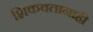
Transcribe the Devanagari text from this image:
शिकवतानाही